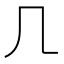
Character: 𠘧